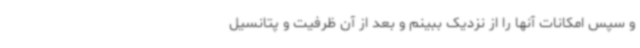
و سپس امکانات آنها را از نزدیک ببینم و بعد از آن ظرفیت‌ و پتانسیل‌